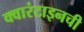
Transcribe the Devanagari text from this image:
क्वारंटाइनची